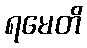
ရမေတိ